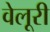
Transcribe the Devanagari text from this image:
वेलूरी